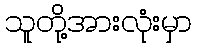
သူတို့အားလုံးမှာ